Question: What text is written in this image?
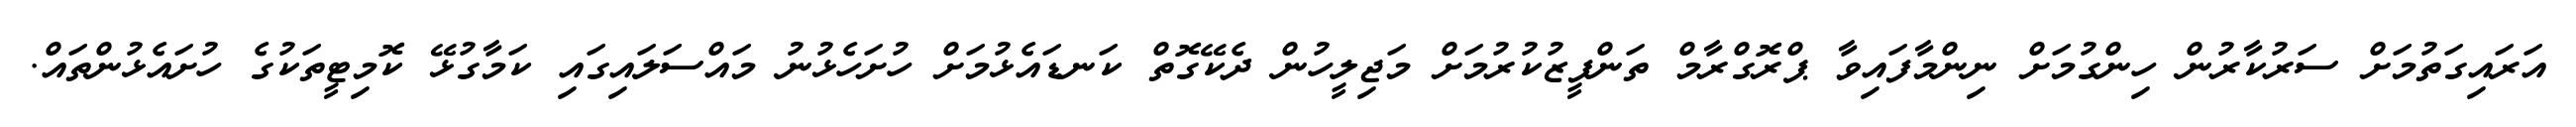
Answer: އަރައިގަތުމަށް ސަރުކާރުން ހިންގުމަށް ނިންމާފައިވާ ޕްރޮގްރާމް ތަންފީޒުކުރުމަށް މަޖިލީހުން ދެކޭގޮތް ކަނޑައެޅުމަށް ހުށަހެޅުނު މައްސަލައިގައި ކަމާގުޅޭ ކޮމިޓީތަކުގެ ހުށައެޅުންތައް.